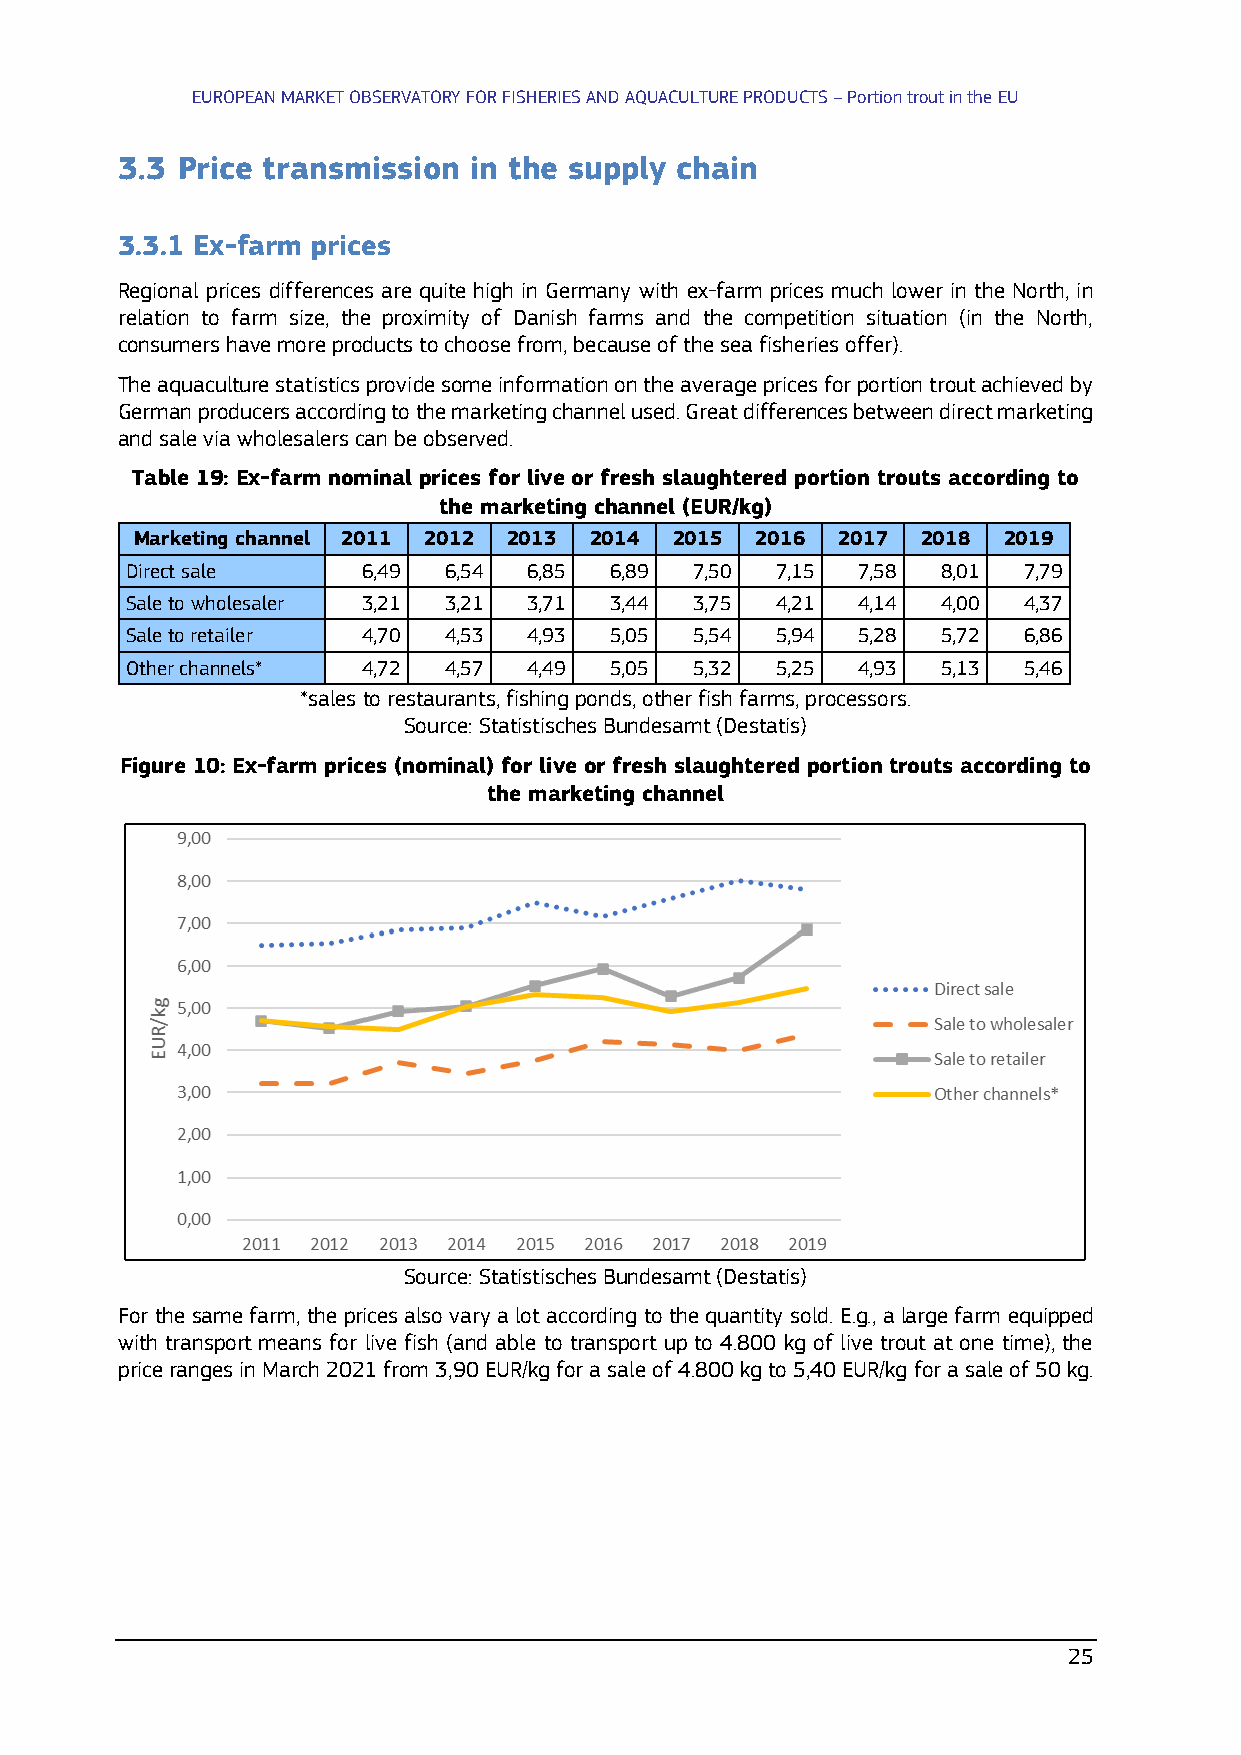
EUROPEAN MARKET OBSERVATORY FOR FISHERIES AND AQUACULTURE PRODUCTS – Portion trout in the EU
 3.3 Price transmission in the supply chain
 3.3.1 Ex-farm prices
 Regional prices differences are quite high in Germany with ex-farm prices much lower in the North, in
 relation to farm size, the proximity of Danish farms and the competition situation (in the North,
 consumers have more products to choose from, because of the sea fisheries offer).
 The aquaculture statistics provide some information on the average prices for portion trout achieved by
 German producers according to the marketing channel used. Great differences between direct marketing
 and sale via wholesalers can be observed.
 Table 19: Ex-farm nominal prices for live or fresh slaughtered portion trouts according to
 the marketing channel (EUR/kg)
 Marketing channel 2011 2012 2013 2014 2015 2016 2017 2018 2019
 Direct sale     6,49 6,54  6,85 6,89  7,50 7,15  7,58 8,01  7,79
 Sale to wholesaler 3,21 3,21 3,71 3,44 3,75 4,21 4,14 4,00  4,37
 Sale to retailer 4,70 4,53 4,93 5,05  5,54 5,94  5,28 5,72  6,86
 Other channels* 4,72 4,57  4,49 5,05  5,32 5,25  4,93 5,13  5,46
 *sales to restaurants, fishing ponds, other fish farms, processors.
 Source: Statistisches Bundesamt (Destatis)
 Figure 10: Ex-farm prices (nominal) for live or fresh slaughtered portion trouts according to
 the marketing channel
 Source: Statistisches Bundesamt (Destatis)
 For the same farm, the prices also vary a lot according to the quantity sold. E.g., a large farm equipped
 with transport means for live fish (and able to transport up to 4.800 kg of live trout at one time), the
 price ranges in March 2021 from 3,90 EUR/kg for a sale of 4.800 kg to 5,40 EUR/kg for a sale of 50 kg.
 25